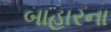
બાહારના